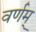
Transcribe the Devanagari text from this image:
वर्णम्